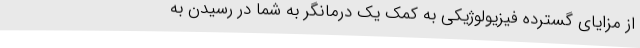
از مزایای گسترده فیزیولوژیکی به کمک یک درمانگر به شما در رسیدن به